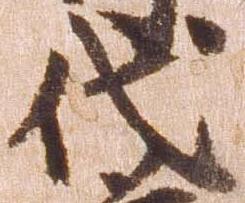
代